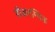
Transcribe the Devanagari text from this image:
डीअरम्विड